Medical and sanitary report of the native army of Madras for the year
Year: 1878
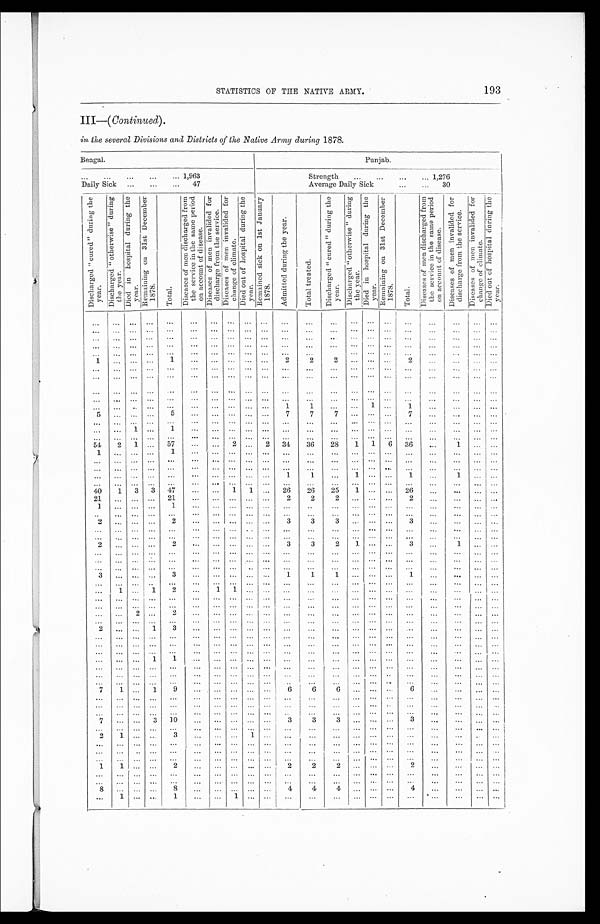
STATISTICS OF THE NATIVE ARMY.
193
I I I — (C
o n t i n u e d
)
.
in the several Divisions and Districts of the Native Army during 1878.
Bengal.
Punjab.
. . . 1,963
Strength . . . 1,276
Daily Sick . . . 47
D i s c h a r g e d " c u r e d " d u r i n g t h e y e a r . D i s c h a r g e d " o t h e r w i s e " d u r i n g t h e y e a r .
D i e d i n h o s p i t a l d u r i n g t h e y e a r .
R e m a i n i n g o n 3 1 s t D e c e m b e r 1 8 7 8 .
T o t a l .
D i s e a s e s o f m e n d i s c h a r g e d f r o m t h e s e r v i c e i n t h e s a m e p e r i o d o n a c c o u n t o f d i s e a s e .
D i s e a s e s o f m e n i n v a l i d e d f o r d i s c h a r g e f r o m t h e s e r v i c e .
D i s e a s e s o f m e n i n v a l i d e d f o r c h a n g e o f c l i m a t e .
D i e d o u t o f h o s p i t a l d u r i n g t h e y e a r .
R e m a i n e d s i c k o n 1 s t J a n u a r y 1 8 7 8 .
A d m i t t e d d u r i n g t h e y e a r .
T o t a l t r e a t e d .
D i s c h a r g e d " c u r e d " d u r i n g t h e y e a r .
D i s c h a r g e d " o t h e r w i s e " d u r i n g t h e y e a r .
D i e d i n h o s p i t a l d u r i n g t h e y e a r .
R e m a i n i n g o n 3 1 s t D e c e m b e r 1 8 7 8 .
T o t a l .
D i s e a s e s o f m e n d i s c h a r g e d f r o m t h e s e r v i c e i n t h e s a m e p e r i o d o n a c c o u n t o f d i s e a s e .
D i s e a s e s o f m e n i n v a l i d e d f o r d i s c h a r g e f r o m t h e s e r v i c e .
D i s e a s e s o f m e n i n v a l i d e d f o r c h a n g e o f c l i m a t e .
Di e d o u t o f h o s p i t a l d u r i n g t h e y e a r .
. . .
. . .
. . .
. . .
. . .
. . .
. . .
. . .
. . .
. . .
. . .
. . .
. . .
. . .
. . .
. . .
. . .
. . .
. . .
. . .
. . .
. . .
. . .
. . .
. . .
. . .
. . .
. . .
. . .
. . .
. . .
. . .
. . .
. . .
. . .
. . .
. . .
. . .
. . .
. . . . . .
. . .
. . .
. . .
. . .
. . .
. . .
. . . . . .
. . .
. . .
. . .
. . .
. . .
. . .
. . .
. . .
. . .
. . .
. . .
. . . . . . . . .
. . .
. . .
. . .
. . .
. . .
. . . . . .
. . .
. . .
. . .
. . .
. . .
. . .
. . .
. . .
. . .
. . .
. . .
. . . . . .
. . .
. . .
. . .
. . .
. . .
. . .
. . . . . .
. . .
. . .
. . .
. . .
. . .
. . .
. . .
. . .
. . .
. . .
. . .
. . . . . . . . .
1
. . .
. . .
. . .
1
. . . . . .
. . .
. . .
. . .
2
2
2
. . .
. . .
. . .
2 . . .
. . . . . .
. . .
. . .
. . .
. . .
. . .
. . .
. . .
. . .
. . .
. . .
. . .
. . .
. . .
. . .
. . .
. . .
. . .
. . .
. . .
. . .
. . .
. . .
. . .
. . .
. . .
. . .
. . .
. . . . . .
. . .
. . .
. . .
. . .
. . .
. . .
. . .
. . . . . .
. . .
. . .
. . .
. . .
. . .
. . .
. . .
. . .
. . .
. . .
. . .
. . .
. . .
. . .
. . .
. . .
. . .
. . .
. . .
. . . . . .
. . .
. . .
. . .
. . .
. . .
. . .
. . .
. . .
. . . . . .
. . . . . .
. . .
. . .
. . .
. . .
. . .
. . .
. . .
. . . . . .
. . .
. . .
. . .
. . . . . .
. . .
. . .
. . .
. . .
. . .
. . . . . .
. . .
. . .
. . .
1
1
. . .
. . .
1 . . .
1
. . . . . .
. . .
. . .
5
. . .
. . .
. . .
5
. . .
. . .
. . .
. . .
. . .
7
7
7
. . .
. . . . . .
7
. . .
. . .
. . . . . .
. . .
. . .
. . .
. . .
. . .
. . .
. . .
. . .
. . .
. . .
. . .
. . .
. . .
. . .
. . . . . .
. . .
. . .
. . .
. . .
. . .
. . .
. . .
1
. . .
1
. . .
. . .
. . .
. . .
. . .
. . .
. . .
. . .
. . .
. . .
. . . . . .
. . .
. . .
. . .
. . .
. . .
. . .
. . .
. . .
. . .
. . .
. . .
. . .
. . .
. . .
. . .
. . .
. . .
. . .
. . .
. . .
. . . . . .
. . .
. . . . . .
. . . . . .
54
2
1
. . .
57
. . . . . .
2
. . .
2
34
36
28
1
1
6
36
. . .
1
. . .
. . .
1
. . .
. . .
. . .
1
. . .
. . .
. . .
. . .
. . .
. . .
. . .
. . .
. . .
. . . . . .
. . .
. . .
. . .
. . .
. . .
. . .
. . .
. . .
. . .
. . .
. . .
. . .
. . .
. . .
. . .
. . .
. . .
. . .
. . .
. . .
. . .
. . .
. . .
. . .
. . .
. . .
. . .
. . .
. . .
. . .
. . .
. . .
. . .
. . .
. . .
. . .
. . .
. . .
. . .
. . .
. . . . . .
. . .
. . .
. . .
. . .
. . .
. . .
. . .
. . .
. . .
. . .
. . . . . .
. . .
. . .
. . .
1
1
. . .
1
. . .
. . .
1
. . .
1 . . .
. . .
. . .
. . .
. . .
. . .
. . .
. . .
. . .
. . .
. . .
. . .
. . .
. . .
. . .
. . .
. . . . . .
. . .
. . .
. . . . . . . . .
40
1
3
3
47
. . . . . .
1
1
. . .
26
26
25
1
. . .
. . . 26
. . .
. . .
. . .
. . .
21
. . .
. . . . . .
21
. . . . . .
. . .
. . .
. . .
2
2
2
. . .
. . .
. . .
2
. . .
. . .
. . .
. . .
1
. . .
. . .
. . .
1
. . . . . .
. . .
. . .
. . .
. . .
. . .
. . .
. . .
. . . . . .
. . .
. . .
. . .
. . .
. . .
. . .
. . .
. . .
. . .
. . .
. . . . . .
. . .
. . .
. . .
. . .
. . .
. . .
. . .
. . .
. . .
. . .
. . .
. . .
. . . . . .
2
. . .
. . .
. . .
2
. . . . . . .
. . .
. . . . . .
3
3
3
. . .
. . .
. . .
3
. . .
. . .
. . .
. . .
. . .
. . .
. . .
. . .
. . .
. . . . . .
. . .
. . .
. . .
. . .
. . .
. . .
. . .
. . .
. . .
. . .
. . .
. . .
. . .
. . .
. . .
. . .
. . .
. . .
. . .
. . .
. . .
. . .
. . .
. . .
. . .
. . .
. . .
. . .
. . . . . .
. . .
. . . . . .
. . . . . .
2
. . .
. . .
. . .
2
. . . . . .
. . .
. . . . . .
3
3
2
1
. . .
. . .
3
. . . 1
. . .
. . .
. . .
. . .
. . .
. . .
. . .
. . . . . .
. . .
. . . . . .
. . .
. . .
. . .
. . .
. . . . . .
. . .
. . .
. . .
. . .
. . .
. . .
. . .
. . .
. . .
. . .
. . . . . .
. . .
. . . . . .
. . .
. . .
. . .
. . .
. . . . . .
. . .
. . . . . .
. . .
. . .
. . .
. . .
. . .
. . .
. . .
. . .
. . .
. . .
. . . . . .
. . .
. . .
. . .
. . .
. . . . . .
. . .
. . . . . . . . . . . .
3
. . .
. . .
. . .
3
. . . . . .
. . .
. . .
. . .
1
1
1
. . .
. . . . . .
1
. . .
. . .
. . .
. . .
. . .
. . .
. . . . . .
. . .
. . . . . .
. . .
. . . . . .
. . .
. . .
. . .
. . .
. . . . . .
. . .
. . . . . .
. . . . . .
. . .
1
. . .
1
2
. . .
1
1
. . . . . .
. . .
. . .
. . .
. . .
. . .
. . .
. . .
. . .
. . .
. . .
. . .
. . .
. . .
. . .
. . .
. . .
. . .
. . .
. . .
. . .
. . . . . .
. . .
. . .
. . .
. . .
. . .
. . .
. . .
. . .
. . .
. . .
. . .
. . .
. . .
. . .
. . .
. . .
. . .
. . .
. . .
. . . . . .
. . .
. . .
. . .
. . .
. . . . . .
. . .
. . .
. . .
. . .
. . .
. . .
. . .
2
. . .
2
. . .
. . .
. . .
. . . . . .
. . .
. . .
. . .
. . .
. . . . . .
. . .
. . .
. . .
. . .
. . .
. . .
. . .
. . .
. . .
. . .
. . .
. . .
. . .
. . . . . .
. . .
. . .
. . .
. . .
. . . . . .
. . .
. . .
. . .
. . .
. . .
2
. . .
. . .
1
3
. . .
. . .
. . .
. . . . . .
. . .
. . .
. . .
. . .
. . . . . .
. . .
. . .
. . .
. . .
. . .
. . .
. . .
. . .
. . .
. . .
. . . . . .
. . .
. . . . . .
. . .
. . .
. . .
. . .
. . . . . .
. . .
. . .
. . .
. . .
. . .
. . .
. . .
. . .
. . .
. . .
. . . . . .
. . .
. . . . . .
. . .
. . .
. . .
. . .
. . . . . .
. . .
. . . . . .
. . . . . .
. . .
. . .
. . .
. . .
. . .
. . . . . .
. . .
. . . . . .
. . .
. . .
. . .
. . . . . .. . .
. . .
. . .
. . .
. . .
. . .
. . .
. . .
. . .
1
1
. . .
. . .
. . .
. . . . . .
. . .
. . .
. . .
. . .
. . . . . .
. . .
. . .
. . .
. . .
. . .
. . .
. . .
. . .
. . .
. . .
. . . . . .
. . . . . . . . .
. . .
. . .
. . .
. . .
. . . . . .
. . .
. . . . . .
. . .
. . .
. . .
. . .
. . .
. . .
. . .
. . . . . .
. . .
. . . . . .
. . .
. . .
. . .
. . .
. . . . . .
. . .
. . .
. . .
. . . . . .
. . .
. . .
. . .
. . .
. . .
. . . . . .
. . .
. . . . . .
. . .
. . .
. . .
. . .
. . . . . .
. . .
. . . . . .
. . . . . .
7
1
. . .
1
9
. . . . . .
. . .
. . . . . .
6
6
6
. . . . . .. . .
6
. . .
. . .
. . .
. . .
. . .
. . .
. . .
. . .
. . .
. . .
. . .
. . .
. . . . . .
. . .
. . .
. . .
. . .
. . . . . .
. . .
. . . .
. . .
. . . . . .
. . .
. . .
. . .
. . .
. . .
. . . . . .
. . .
. . . . . .
. . .
. . .
. . .
. . .
. . . . . .
. . .
. . . . . .
. . .
. . .
. . .
. . .
. . .
. . .
. . .
. . . . . .
. . .
. . . . . .
. . .
. . .
. . .
. . .
. . . . . .
. . .
. . .
. . .
. . .
. . .
7
. . .
. . .
3
10
. . . . . .
. . .
. . . . . .
3
3
3
. . . . . .. . .
3
. . .
. . .
. . .
. . .
. . .
. . .
. . .
. . .
. . .
. . . . . .
. . .
. . . . . .
. . .
. . .
. . .
. . .
. . . . . .
. . .
. . .
. . .
. . .
. . .
2
1
. . .
. . .
3
. . . . . .
. . .
1 . . .
. . .
. . .
. . .
. . .
. . . . . .
. . .
. . . . . .
. . .
. . .
. . .
. . .
. . .
. . .
. . .
. . . . . .
. . .
. . . . . .
. . .
. . .
. . .
. . .
. . . . . .
. . .
. . .
. . .
. . .
. . .
. . .
. . .
. . .
. . .
. . .
. . . . . .
. . .
. . . . . .
. . .
. . .
. . .
. . .
. . . . . .
. . .
. . .
. . .
. . .
. . .
. . .
. . .
. . .
. . .
. . .
. . . . . .
. . .
. . . . . .
. . .
. . .
. . .
. . .
. . . . . .
. . .
. . .
. . .
. . .
. . .
1
1
. . .
. . .
2
. . . . . .
. . .
. . . . . .
2
2
2
. . . . . .. . .
2
. . . . . .
. . .
. . .
. . .
. . .
. . .
. . .
. . .
. . . . . .
. . .
. . . . . .
. . .
. . .
. . .
. . .
. . . . . .
. . .
. . .
. . .
. . .
. . .
. . .
. . . . . .
. . .
. . .
. . . . . .
. . .
. . . . . .
. . .
. . .
. . .
. . .
. . . . . .
. . .
. . .
. . .
. . .
. . .
8
. . .
. . .
. . .
8
. . . . . .
. . .
. . . . . .
4
4
4
. . . . . .. . .
4
. . . . . .
. . .
. . .
. . .
1
. . .
. . .
1
. . .
. . .
1
. . . . . .
. . .
. . .
. . .
. . .
. . . . . .
. . .
. . .
. . .
. . .
. . .